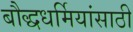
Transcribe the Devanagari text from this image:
बौद्धधर्मियांसाठी